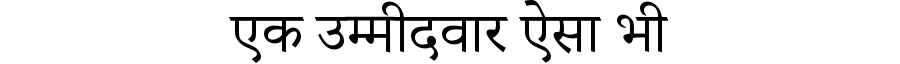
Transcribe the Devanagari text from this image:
एक उम्मीदवार ऐसा भी